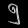
Digit: ၅